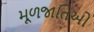
મૂળજાતિઓ